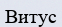
Витус